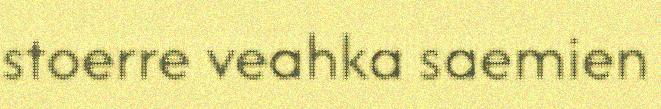
stoerre veahka saemien